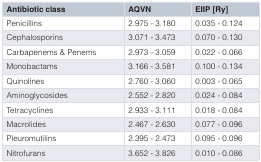
| Antibiotic class | AQVN | EIIP [Ry] |
 | --- | --- | --- |
 | Penicillins | 2.975 - 3.180 | 0.035 - 0.124 |
 | Cephalosporins | 3.071 - 3.473 | 0.070 - 0.130 |
 | Carbapenems & Penems | 2.973 - 3.059 | 0.022 - 0.066 |
 | Monobactams | 3.166 - 3.581 | 0.100 - 0.134 |
 | Quinolines | 2.760 - 3.060 | 0.003 - 0.065 |
 | Aminoglycosides | 2.552 - 2.820 | 0.024 - 0.084 |
 | Tetracyclines | 2.933 - 3.111 | 0.018 - 0.084 |
 | Macrolides | 2.467 - 2.630 | 0.077 - 0.096 |
 | Pleuromutilins | 2.395 - 2.473 | 0.095 - 0.096 |
 | Nitrofurans | 3.652 - 3.826 | 0.010 - 0.086 |